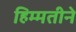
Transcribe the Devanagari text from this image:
हिम्मतीने